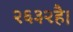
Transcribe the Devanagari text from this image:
२६३२है।